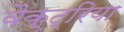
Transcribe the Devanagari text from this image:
वैक्ट्रिया